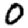
Digit: 0